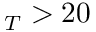
_ T > 2 0